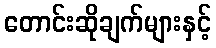
တောင်းဆိုချက်များနှင့်